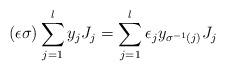
LaTeX: \begin{align*}(\epsilon\sigma)\sum_{j=1}^ly_jJ_j=\sum_{j=1}^l \epsilon_j y_{\sigma^{-1}(j)}J_j\end{align*}